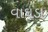
વાઘડા